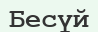
Бесүй